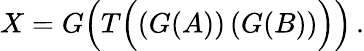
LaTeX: X=G\Big(T\Big((G(A))\, (G(B))\Big)\Big)\, .